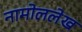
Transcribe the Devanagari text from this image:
नामोललेख